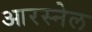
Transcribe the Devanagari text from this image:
आरस्नेल